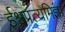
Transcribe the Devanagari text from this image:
ईश्वप्रत्यमिज्ञा